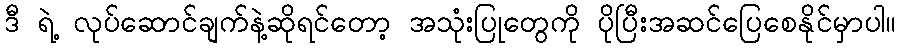
ဒီ ရဲ့ လုပ်ဆောင်ချက်နဲ့ဆိုရင်တော့ အသုံးပြုတွေကို ပိုပြီးအဆင်ပြေစေနိုင်မှာပါ။